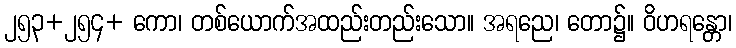
၂၅၃+၂၅၄+ ကော၊ တစ်ယောက်အထည်းတည်းသော။ အရညေ၊ တော၌။ ဝိဟရန္တော၊